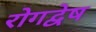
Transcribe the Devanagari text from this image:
रोगद्वेष